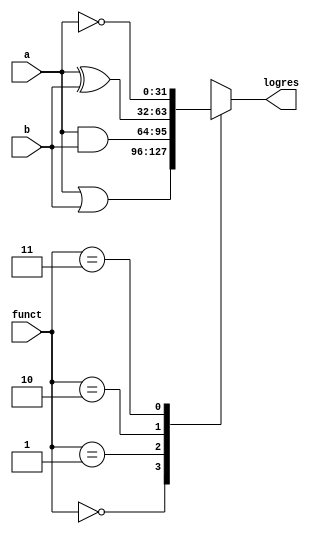
`timescale 1ns / 1ps
//////////////////////////////////////////////////////////////////////////////////
// Company: 
// Engineer: 
// 
// Design Name: 
// Module Name: logical
// Project Name: 
// Target Devices: 
// Tool Versions: 
// Description: 
// 
// Dependencies: 
// 
// Revision:
// Revision 0.01 - File Created
// Additional Comments:
// 
//////////////////////////////////////////////////////////////////////////////////
module logical(input[31:0]a,b,input[1:0]funct,output reg[31:0]logres);
always@(*)
begin
case(funct[1:0])
2'b00:logres=(a|b);
2'b01:logres=(a&b);
2'b10:logres=(a^b);
2'b11:logres=(~a);
endcase
end
endmodule